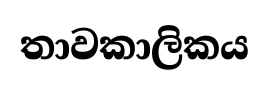
තාවකාලිකය